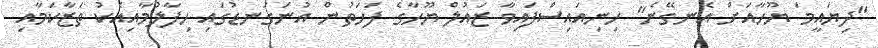
"ދިޔައީމަ ޔޫހާއަށް އެނގޭނެ" ހިނިއައިސްފައިވާ ޒައުލް ޔޫހާގެ ފަހަތުން އުނަގަނޑުގައި ހިފާލުމާއިއެކު ތަޒާކަމާއި